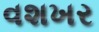
વશખર